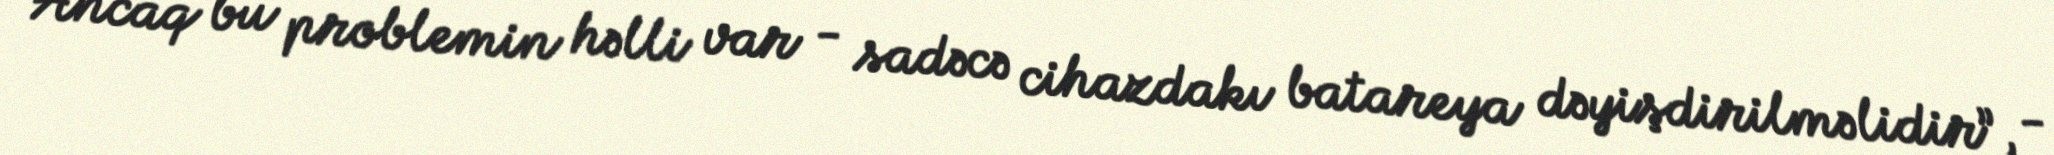
Ancaq bu problemin həlli var - sadəcə cihazdakı batareya dəyişdirilməlidir”, -